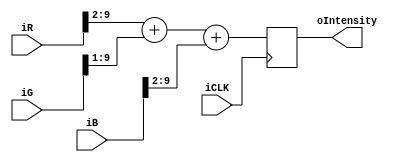
module intensityCalc (
	iCLK,
	iR,iG,iB,
	oIntensity
);

	input			iCLK;			//27MHz VGA clock
	input [9:0]	iR,iG,iB;	//RGB input
	
	output reg [9:0] oIntensity;	//Intensity output
	
	always @(posedge iCLK) begin
		//    I     =  .25R  +  .5G  + .25B
		oIntensity <= (iR>>2)+(iG>>1)+(iB>>2);
	end
	
endmodule